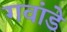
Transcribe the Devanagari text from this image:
गवांडे